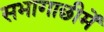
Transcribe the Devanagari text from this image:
सभागाछीमें